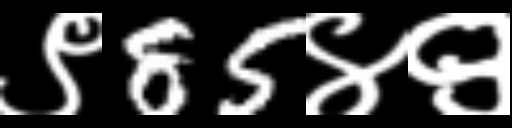
Text: ९85४९